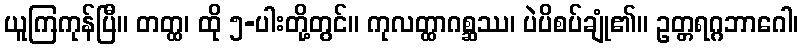
ယူကြကုန်ပြီ။ တတ္ထ၊ ထို ၅-ပါးတို့တွင်။ ကုလတ္ထာဂစ္ဆဿ၊ ပဲပိစပ်ချုံ၏။ ဥတ္တရဂ္ဂဘာဂေါ၊